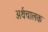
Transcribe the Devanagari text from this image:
अर्थचालक